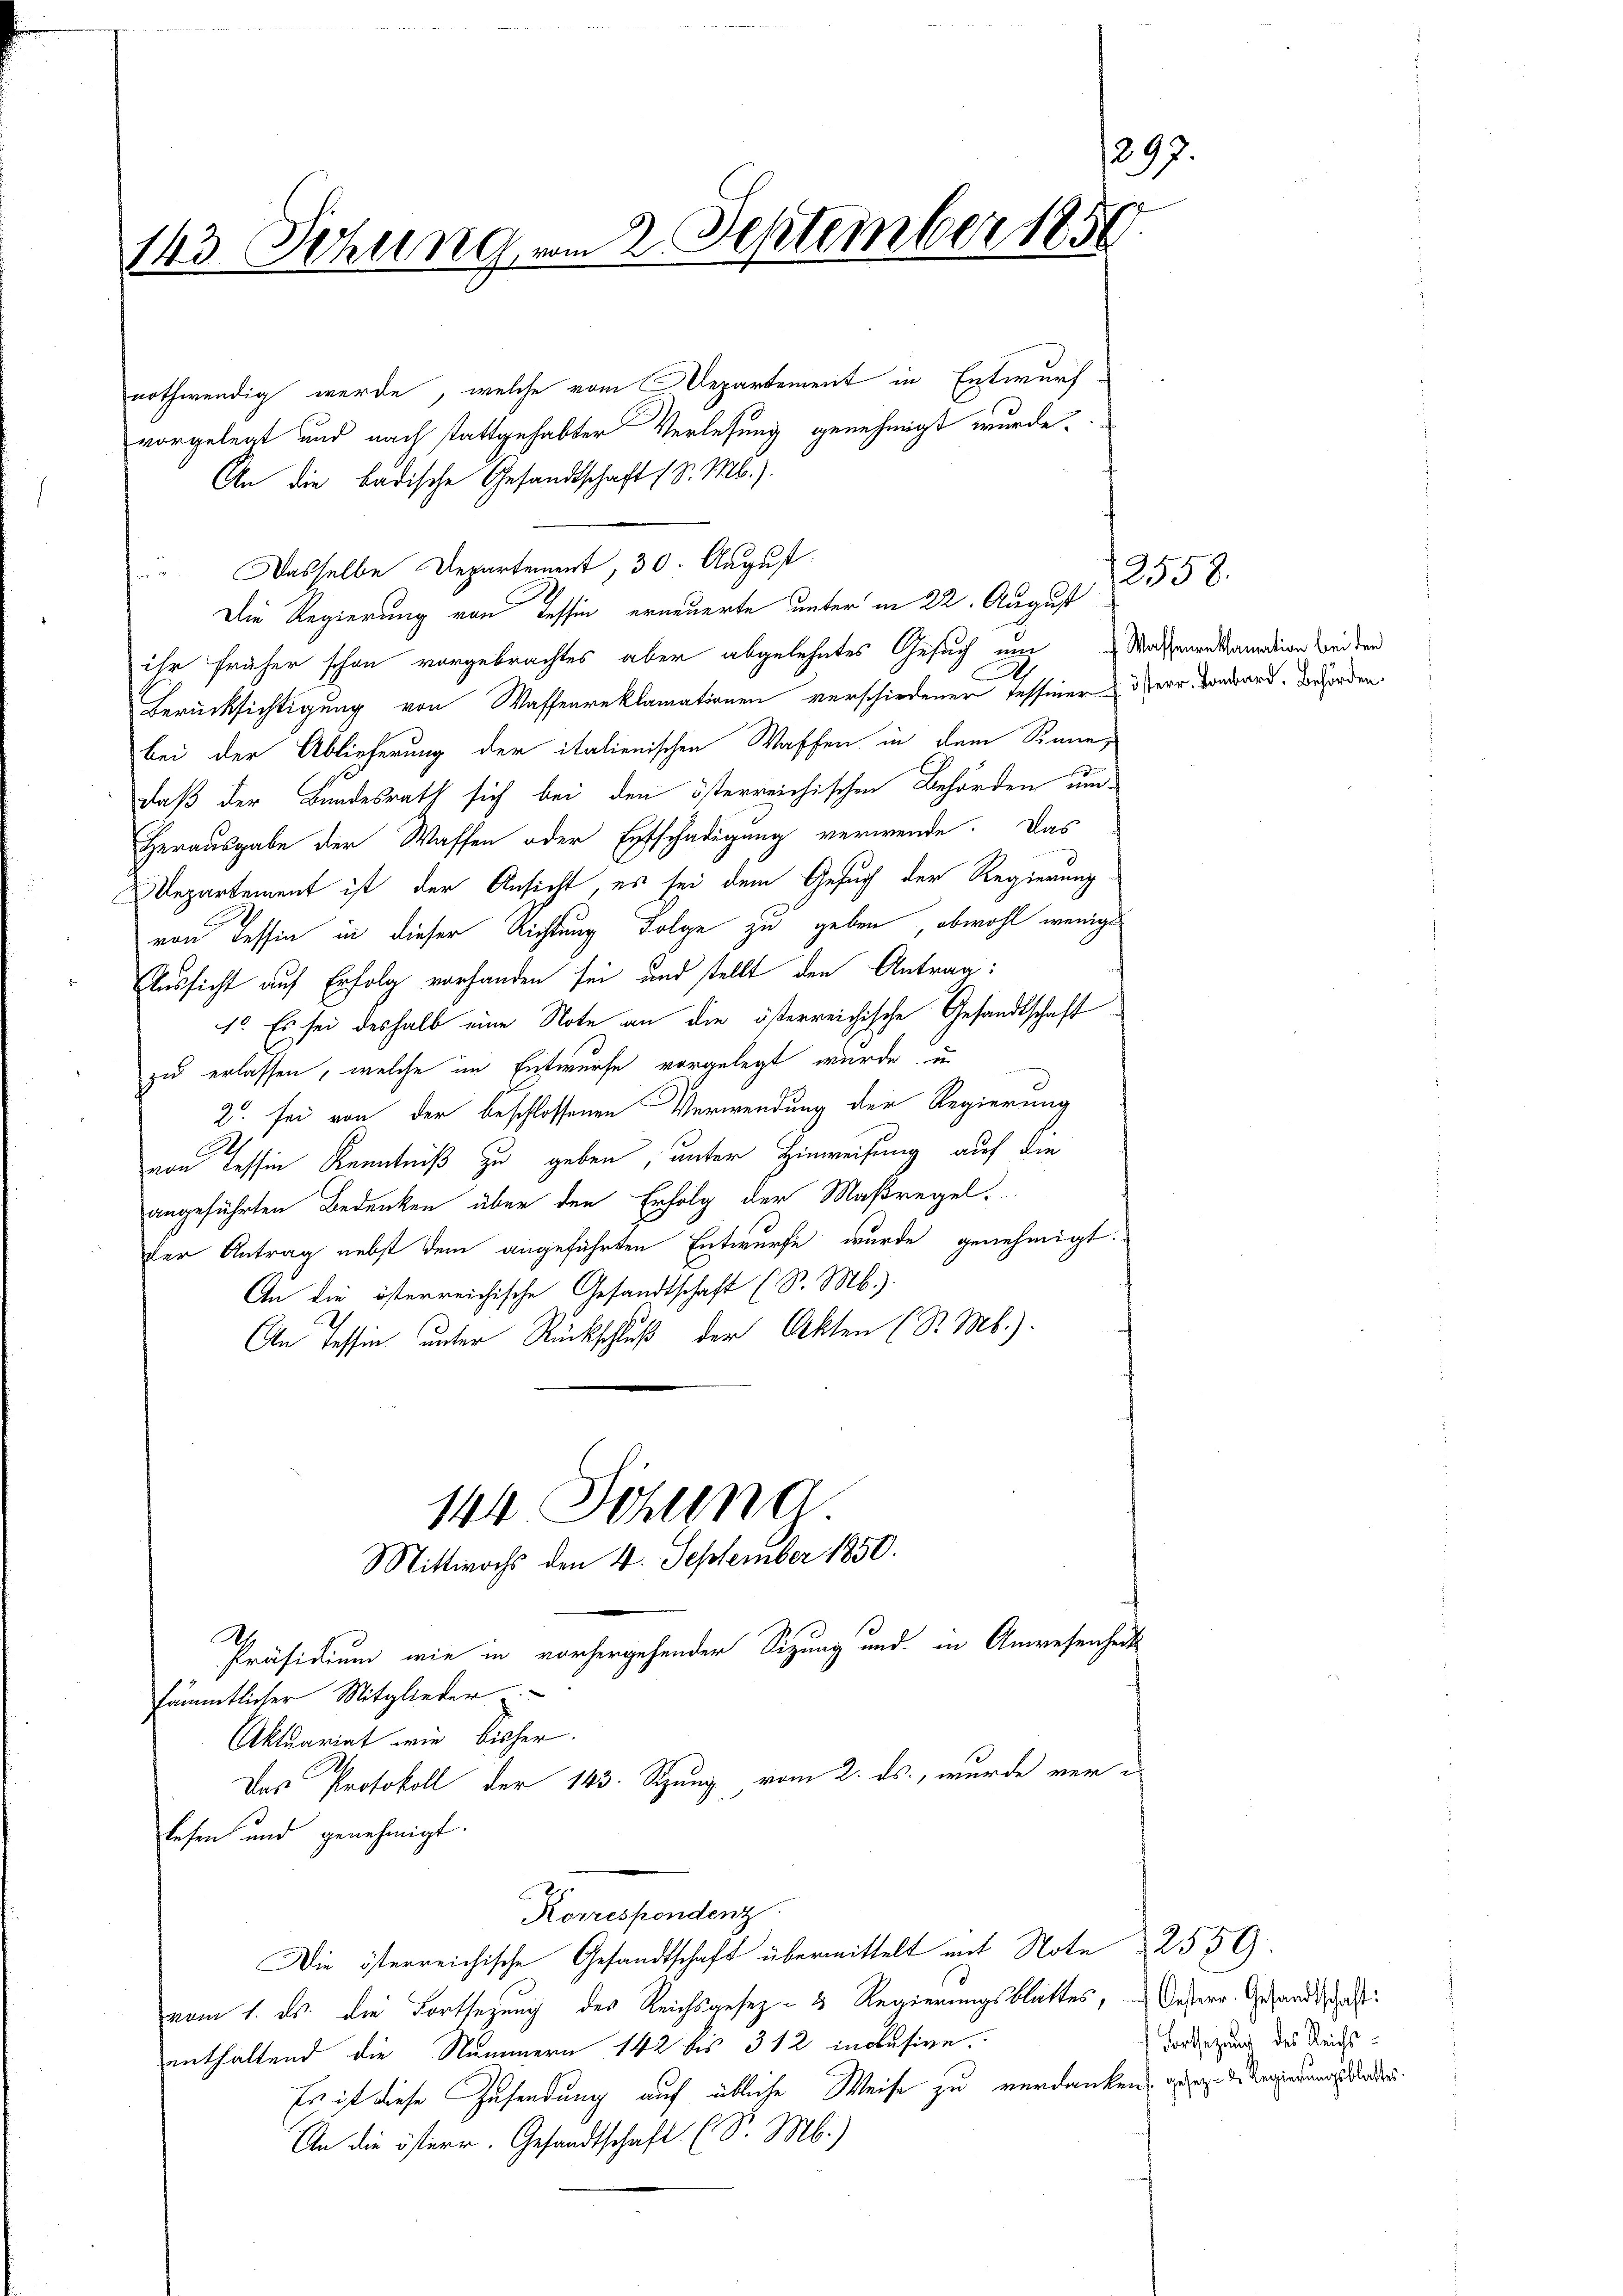
1297.
143. Setzung vom 2. September 1850.

nothwendig werde, welche vom Departement in Entwurf
vorgelegt und nach stattgehabter Verlesung genehmigt wurde.
An die badische Gesandtschaft (S. M.).
" Dasselbe Departement, 30. August.
Die Regierung von Tessin erneuerte unter in 22. August
ihr früher schon vorgebrachtes aber abgelehntes Gesuch um
D
Berücksichtigung von Waffenreklamationen verschiedener Tessiner Herr vonward. Verforden.
bei der Ablieferung der italienischen Waffen in dem Sinne,
daß der Bundesrath sich bei den österreichischen Behörden um¬
Herausgabe der Waffen oder Entschädigung verwende. Das
Departement ist der Ansicht, es sei dem Gesuch der Regierung
von Tessin in dieser Richtung Folge zu geben, obwohl wenige
Aussicht auf Erfolg vorhanden sei und stellt den Antrag:
1. Es sei deshalb eine Note an die österreichische Gesandtschaft
zu erlassen, welche im Entwurfe vorgelegt wurde, u

2. sei von der beschlossenen Verwendung der Regierung
von dessen Kenntniß zu geben, unter Hinweisung auf die
angeführten Bedenken über den Erfolg der Maßregel.
der Antrag nebst dem angeführten Entwurfe wurde genehmigt.
An die österreichische Gesandtschaft (S. Mb.).
An Tessin unter Rückschluß der Akten (S. M.).

144 Sitzung.
Mittwochs den 4. September 1850.

Das Protokoll der 143. Sizung vom 2. ds., wurde ver-

Präsidium wie in vorhergehender Sitzung und in Anwesenheits
sämmtlicher Mitglieder.
Aktuariat wie bisher.
lesen und genehmigt.
Korrespondenz
Die österreichische Gesandtschaft übermittelt mit Note 2550
vom 1. ds. die Fortsezung des Reichsgesez- & Regierungsblattes,
enthaltend die Nummern 142 bis 312 inclusive.
Es ist diese Zusendung auf übliche Weise zu verdanken, werde Regierungenden.
An die österr. Gesandtschaft (S. M.)

2558.
Wassenreklamation bei den

Oesterr. Gesandtschaft:
Fortsezung des Reichs¬